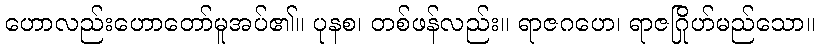
ဟောလည်းဟောတော်မူအပ်၏။ ပုနစ၊ တစ်ဖန်လည်း။ ရာဇဂဟေ၊ ရာဇဂြိုဟ်မည်သော။